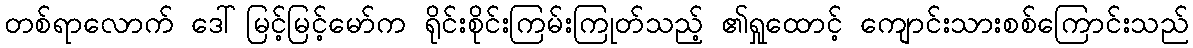
တစ်ရာလောက် ဒေါ်မြင့်မြင့်မော်က ရိုင်းစိုင်းကြမ်းကြုတ်သည့် ၏ရှုထောင့် ကျောင်းသားစစ်ကြောင်းသည်